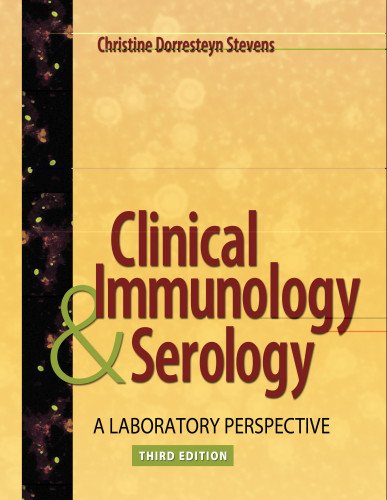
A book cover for Clinical Immunology and Serology: A Laboratory Perspective (Clinical Immunology and Serology (Stevens)); Christine Dorresteyn Stevens EdD  MLS(ASCP); Medical Books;